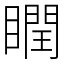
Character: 瞤